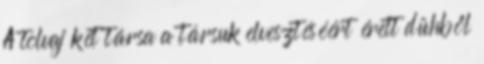
A tolvaj két társa a társuk elvesztéséért érett dühből